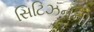
સિટિઝનની